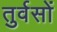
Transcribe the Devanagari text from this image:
तुर्वसों